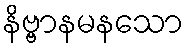
နိဗ္ဗာနမနသော